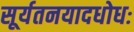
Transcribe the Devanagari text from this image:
सूर्यतनयादधोधः